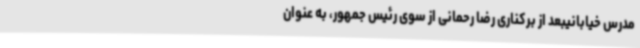
مدرس خیابانیبعد از برکناری رضا رحمانی از سوی رئیس جمهور، به عنوان